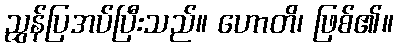
ညွှန်ပြအပ်ပြီးသည်။ ဟောတိ၊ ဖြစ်၏။